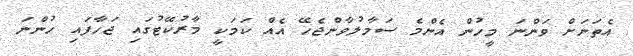
އެތަނަށް ވަންނަ މީހުން އެންމެ ސަމާލުވާންޖެހޭ އެއް ކަމަކީ މާރުކޭޓުގައި ޖަހާފައި ހުންނަ